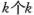
k个k